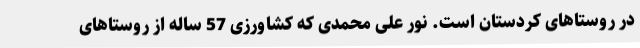
در روستاهای کردستان است. نور علی محمدی که کشاورزی 57 ساله از روستاهای